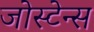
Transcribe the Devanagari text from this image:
जोस्टेन्स